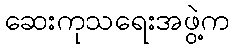
ဆေးကုသရေးအဖွဲ့က